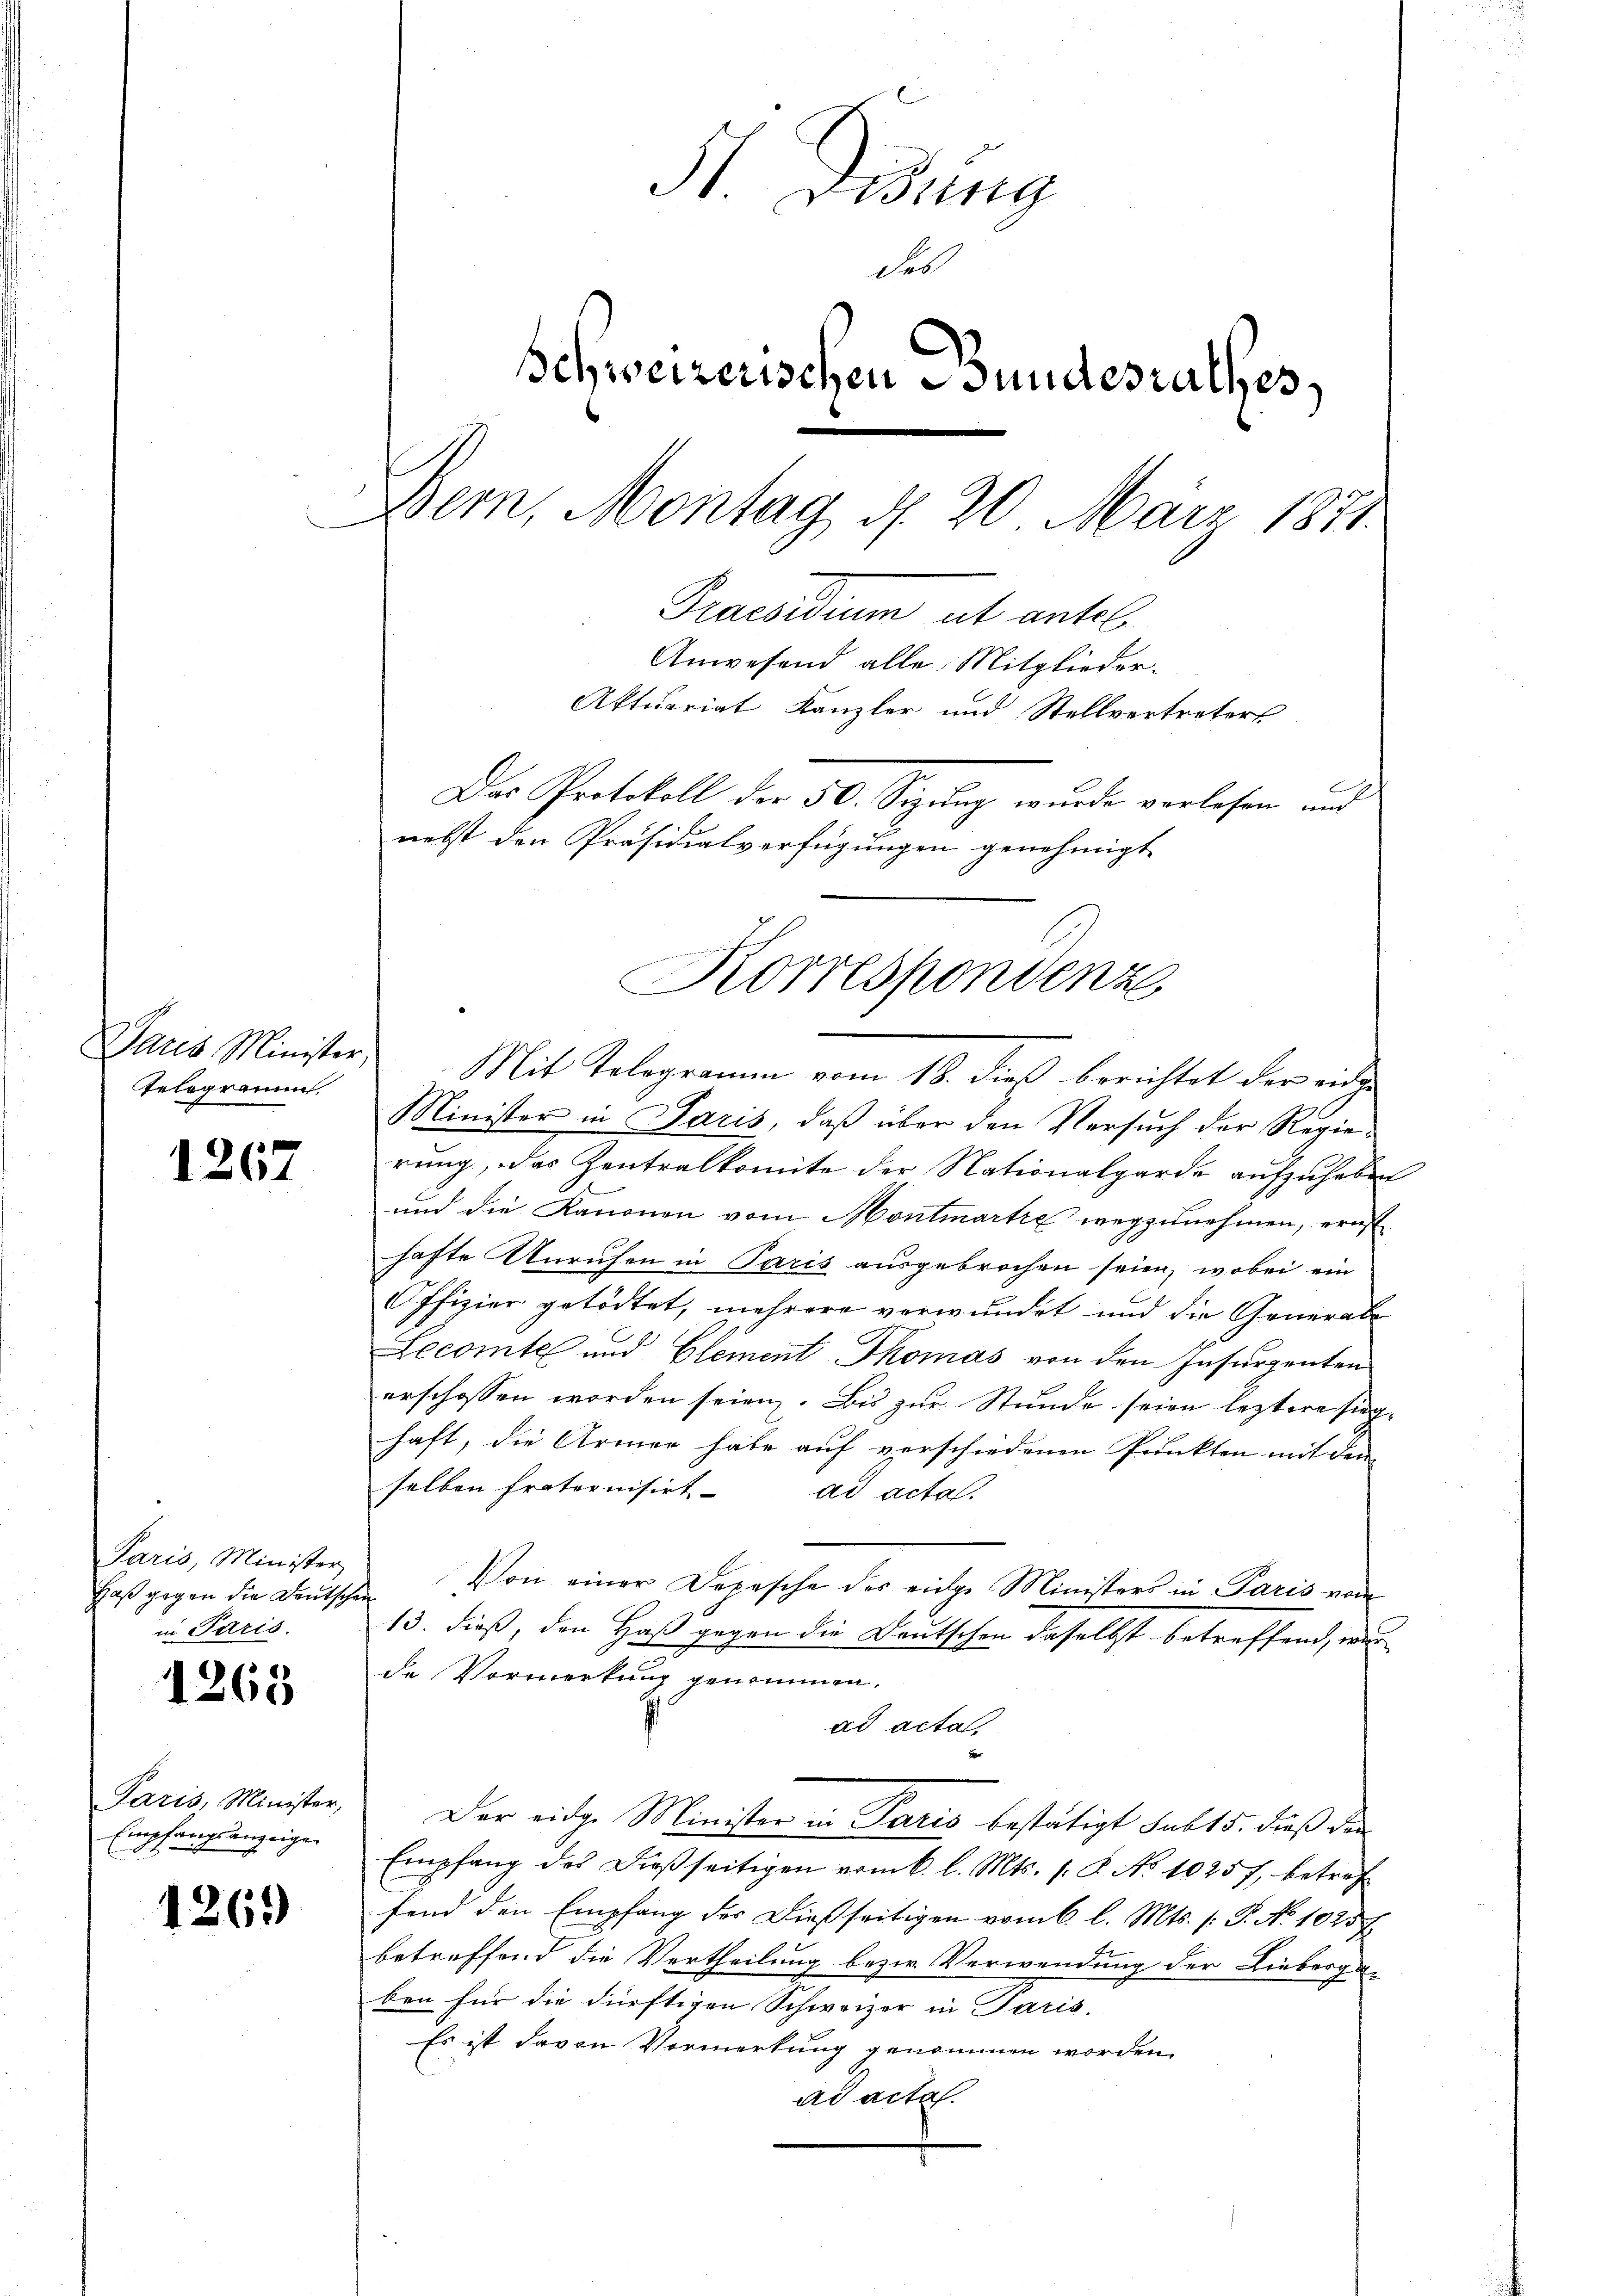
Paris Minister
Telegramm

1267

Paris, Minister,
Haß gegen die Deutsche
in Paris.

1265

Paris, Minister,
Empfangsanzeige

1261)

Didung
des
Schweizerischen Bundesrathes,
Bem, Montag d. 20. März 1871
Praesidium als antel
Anwesend alle Mitglieder.
Aktuariat Kanzler und Stellvertreters
Das Protokoll der 50. Sizung wurde verlesen und
nebst den Präsidialverfügungen genehmigt

Korrespondenz
Mit Telegramm vom 18. dieß berichtet der eiden

Minister in Paris, daß über den Versuch der Regie-
rung, das Zentralkomite der Nationalgarde aufzuheben
und die Kanonen vom Montmartie wegzunehmen, ernst
hafte Anrufen in Paris ausgebrochen seien, wobei ein
Offizier getödtet, mehrere verwundet und die General-
Lecomte und Clement Thomas von den Insurgenten
erschossen worden seien. Bis zur Stunde seien leztere sieghaft, die Armen habe auf verschiedenen Punkten mit den
selben fraternisirt. ad acta.
Von einer Depesche des eidge Ministers in Paris von
13. dieß, den Haß gegen die Deutschen daselbst betreffend, wer
de Vormerkung genommen.
ad acta,
Der eidge Minister in Paris bestätigt habt 5. dieß der
Empfang des dießseitigen vom k. l. Mts. 1. 2. No 10257, betref
fend den Empfang des Dießseitigen vom 6. l. Mts. (: P. No 1025 f
betreffend die Vertheilung bezw. Verwendung der Liebergeben für die dürftigen Schweizer in Paris.
Es ist davon Vormerkung genommen worden.
ad acta.